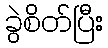
ခွဲစိတ်ပြီး